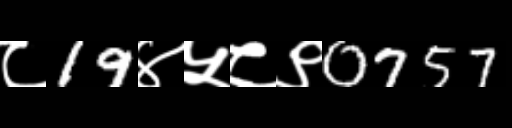
Text: ८19४५८९0757